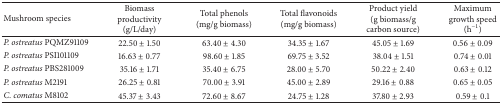
<table><thead><tr><td><b>Mushroom species</b></td><td><b>Biomass productivity (g/L/day)</b></td><td><b>Total phenols (mg/g biomass)</b></td><td><b>Total flavonoids(mg/g biomass)</b></td><td><b>Product yield (g biomass/g carbon source)</b></td><td><b>Maximum growth speed (h<sup>−1</sup>)</b></td></tr></thead><tbody><tr><td><i>P. ostreatus</i> PQMZ91109</td><td>22.50 ± 1.50</td><td>63.40 ± 4.30</td><td>34.35 ± 1.67</td><td>45.05 ± 1.69</td><td>0.56 ± 0.09</td></tr><tr><td><i>P. ostreatus</i> PSI101109</td><td>16.63 ± 0.77</td><td>98.60 ± 1.85</td><td>69.75 ± 3.52</td><td>38.04 ± 1.51</td><td>0.74 ± 0.01</td></tr><tr><td><i>P. ostreatus</i> PBS281009</td><td>35.16 ± 1.71</td><td>35.40 ± 6.75</td><td>28.00 ± 5.70</td><td>50.22 ± 2.40</td><td>0.63 ± 0.12</td></tr><tr><td><i>P. ostreatus</i> M2191</td><td>26.25 ± 0.81</td><td>70.00 ± 3.91</td><td>45.00 ± 2.89</td><td>29.16 ± 0.88</td><td>0.65 ± 0.05</td></tr><tr><td><i>C. comatus </i>M8102</td><td>45.37 ± 3.43</td><td>72.60 ± 8.67</td><td>24.75 ± 1.28</td><td>37.80 ± 2.93</td><td>0.59 ± 0.1</td></tr></tbody></table>